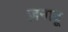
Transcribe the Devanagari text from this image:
ज़नाडू